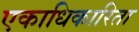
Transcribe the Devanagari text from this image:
एकाधिकारिता